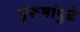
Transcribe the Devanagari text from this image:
पुरूषांपुढे